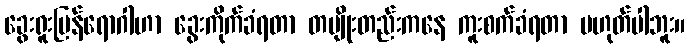
ခွေးရူးပြန်ရောဂါဟာ ခွေးကိုက်ခံရတာ တမျိုးတည်းကနေ ကူးစက်ခံရတာ မဟုတ်ပါဘူး။